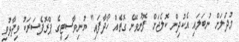
މުދަލަށް ނުބަލައި އެކުދިން ކޮލެޖަށް ފޮނުވޭނެ ގޮތެއް ހޯދާފައި" ޔުނިވާސިޓީގެ ޕްރޮފެސަރަކު ވިދާޅުވި